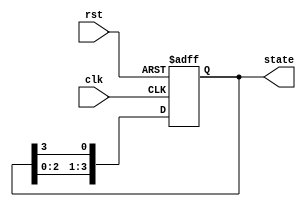
module ring_counter #(
    parameter N = 4  // Parameter for the number of bits in the ring counter
)(
    input wire clk,   // Clock input
    input wire rst,   // Asynchronous reset
    output reg [N-1:0] state  // Current state output
);

    // State transition logic
    always @(posedge clk or posedge rst) begin
        if (rst) begin
            // On reset, set the state to the initial state (first flip-flop)
            state <= 1'b1;  // 000...0001
        end else begin
            // Shift the '1' to the next position
            state <= {state[N-2:0], state[N-1]}; // Shift left and wrap around
        end
    end

endmodule